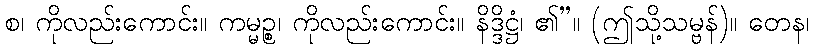
စ၊ ကိုလည်းကောင်း။ ကမ္မဉ္စ၊ ကိုလည်းကောင်း။ နိဒ္ဒိဋ္ဌံ၊ ၏”။ (ဤသို့သမ္ဗန်)။ တေန၊